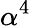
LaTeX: \alpha^{4}